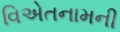
વિએતનામની